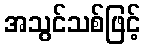
အသွင်သစ်ဖြင့်